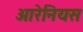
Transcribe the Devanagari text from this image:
आरेनियस